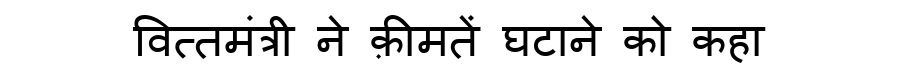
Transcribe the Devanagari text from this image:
वित्तमंत्री ने क़ीमतें घटाने को कहा